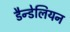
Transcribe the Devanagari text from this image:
डैन्डेलियन